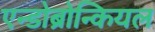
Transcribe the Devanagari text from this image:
एन्डोब्रोन्कियल